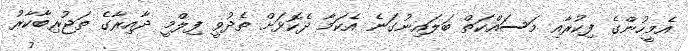
އެމީހުންގެ ފިކުރާއި މަސައްކަތް ބަލައިނުގަނެ އެކަމާ ދެކޮޅަށް ތެދުވީ ފިލްމީ ދާއިރާގެ ތަޖުރިބާކާރު